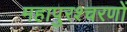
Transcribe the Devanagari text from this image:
महापुरश्चरणों